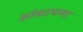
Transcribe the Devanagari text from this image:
आंबटपणा